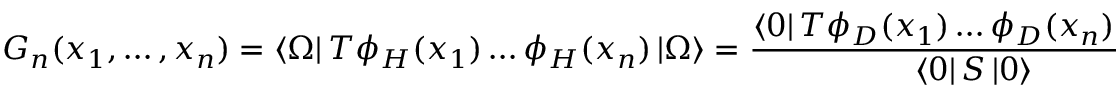
G _ { n } ( x _ { 1 } , \dots , x _ { n } ) = \left< \Omega \right| T \phi _ { H } ( x _ { 1 } ) \dots \phi _ { H } ( x _ { n } ) \left| \Omega \right> = \frac { \left< 0 \right| T \phi _ { D } ( x _ { 1 } ) \dots \phi _ { D } ( x _ { n } ) \; { \cal { S } } \left| 0 \right> } { \left< 0 \right| { \cal { S } } \left| 0 \right> } .